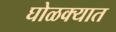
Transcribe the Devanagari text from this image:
घोळक्यात